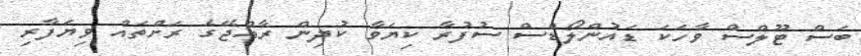
ބަސް ޓޫލްސް ވާހަކަ ޑައުންލޯޑްސް ސުފުރާ ކިޔަވާ ކުދިން ރާއްޖޭގެ ރަށްތައް ވިޔަފާރި